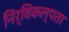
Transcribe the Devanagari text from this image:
निर्विकल्पता